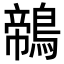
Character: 鶙